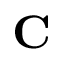
\mathbf { C }